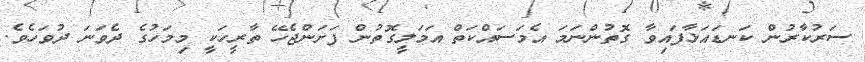
ސަރުކާރުން ކަނޑައަޅާފައިވާ ގޮތުންނަމަ އެމަސައްކަތް އަމަލީގޮތުން ފަށަންޖެހޭ ތާރީހަކީ މިމަހުގެ ދެވަނަ ދުވަހެވެ.